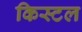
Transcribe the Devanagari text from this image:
किस्टल